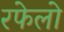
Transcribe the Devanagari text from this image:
रफेलो